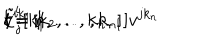
LaTeX: l = 1 \hspace { 1 c m } v ^ { i k _ { 1 } } [ k _ { 2 } , . . . , k _ { n } ] \hspace { 2 c m } l = n \hspace { 1 c m } \tilde { \zeta } _ { j } ^ { i } [ k _ { 1 } , . . . , k _ { n - 1 } ] v ^ { j k _ { n } }